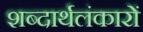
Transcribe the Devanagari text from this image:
शब्दार्थलंकारों